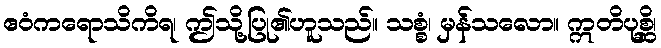
ဧဝံကရောသိကိရ၊ ဤသို့ပြု၏ဟူသည်။ သစ္စံ၊ မှန်သလော။ ဣတိပုစ္ဆိ၊